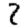
Digit: 2